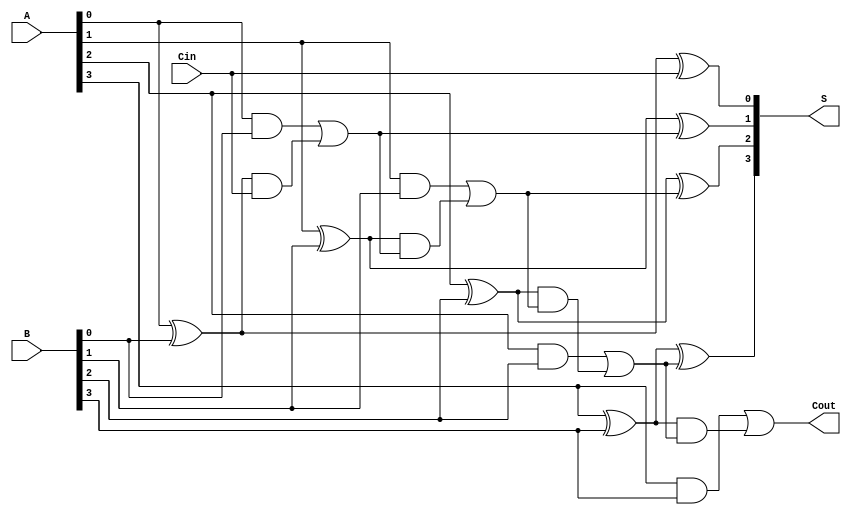
module LingAdder #(parameter n = 4) (
    input [n-1:0] A,      // n-bit input A
    input [n-1:0] B,      // n-bit input B
    input Cin,            // Carry-in
    output [n-1:0] S,     // n-bit sum output
    output Cout           // Carry-out
);

    wire [n:0] C;         // Carry signals
    wire [n-1:0] P;       // Generate signals
    wire [n-1:0] G;       // Propagate signals
    
    assign C[0] = Cin;    // Initial carry-in

    // Generate and Propagate signals
    genvar i;
    generate
        for (i = 0; i < n; i = i + 1) begin : fa
            assign P[i] = A[i] ^ B[i];                     // Propagate
            assign G[i] = A[i] & B[i];                     // Generate
        end
    endgenerate

    // Carry generation using the carry lookahead logic
    generate
        for (i = 0; i < n; i = i + 1) begin : carry_gen
            assign C[i + 1] = G[i] | (P[i] & C[i]);      // Carry out
        end
    endgenerate

    // Sum generation
    generate
        for (i = 0; i < n; i = i + 1) begin : sum_gen
            assign S[i] = P[i] ^ C[i];                     // Sum
        end
    endgenerate

    assign Cout = C[n];                                   // Final carry-out

endmodule